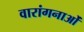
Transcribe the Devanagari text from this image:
वारांगनाओं